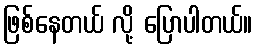
ဖြစ်နေတယ် လို့ ပြောပါတယ်။